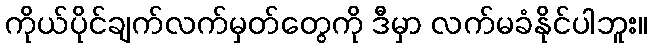
ကိုယ်ပိုင်ချက်လက်မှတ်တွေကို ဒီမှာ လက်မခံနိုင်ပါဘူး။